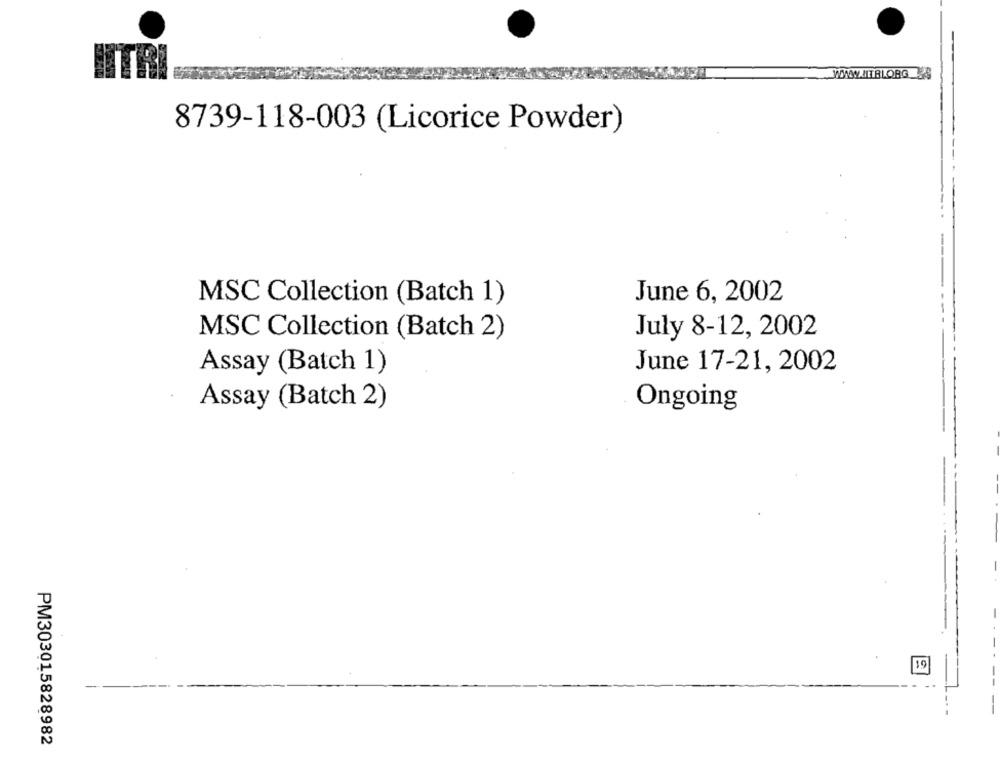
WWW.MTBLORG &
8739-118-003 (Licorice Powder)
June 6, 2002
MSC Collection (Batch 1)
MSC Collection (Batch 2)
July 8-12, 2002
Assay (Batch 1)
June 17-21, 2002
Assay (Batch 2)
Ongoing
-
-
----
-
PM303015828982